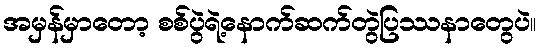
အမှန်မှာတော့ စစ်ပွဲရဲ့နောက်ဆက်တွဲပြဿနာတွေပဲ။